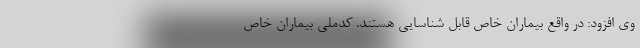
وی افزود: در واقع بیماران خاص قابل شناسایی هستند. کدملی بیماران خاص